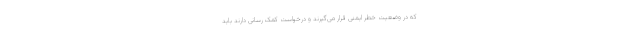
که در وضعیت خطر ایمنی قرار می‌گیرند و ‌درخواست کمک رسانی دارند باید